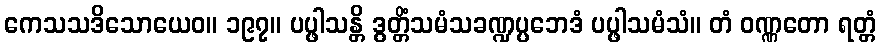
ကေသသဒိသောယေဝ။ ၁၉၇။ ပပ္ဖါသန္တိ ဒွတ္တိံသမံသခဏ္ဍပ္ပဘေဒံ ပပ္ဖါသမံသံ။ တံ ဝဏ္ဏတော ရတ္တံ